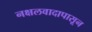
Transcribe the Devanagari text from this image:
नक्षलवादापासून